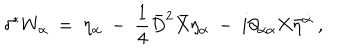
LaTeX: \delta ^ { * } W _ { \alpha } \ = \ \eta _ { \alpha } \ - \ { \frac { 1 } { 4 } } \bar { D } ^ { 2 } \bar { X } \eta _ { \alpha } \ - \ i \partial _ { \alpha \dot { \alpha } } X \bar { \eta } ^ { \dot { \alpha } } \ ,